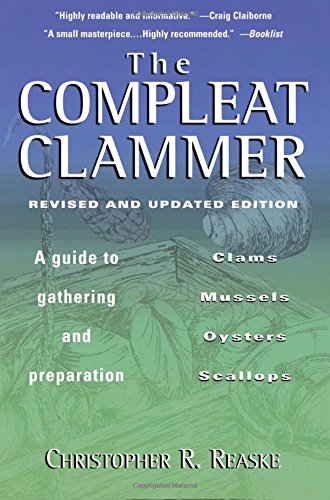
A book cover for The Compleat Clammer, Revised; Christopher R. Reaske; Cookbooks, Food & Wine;